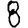
Digit: 8